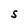
Character: S